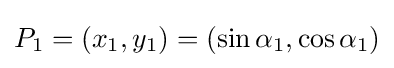
{\displaystyle }P_{1}=(x_{1},y_{1})=(\sin {\alpha _{1}},\cos {\alpha _{1}})